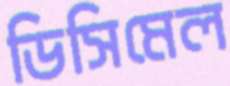
ডিসিমেল